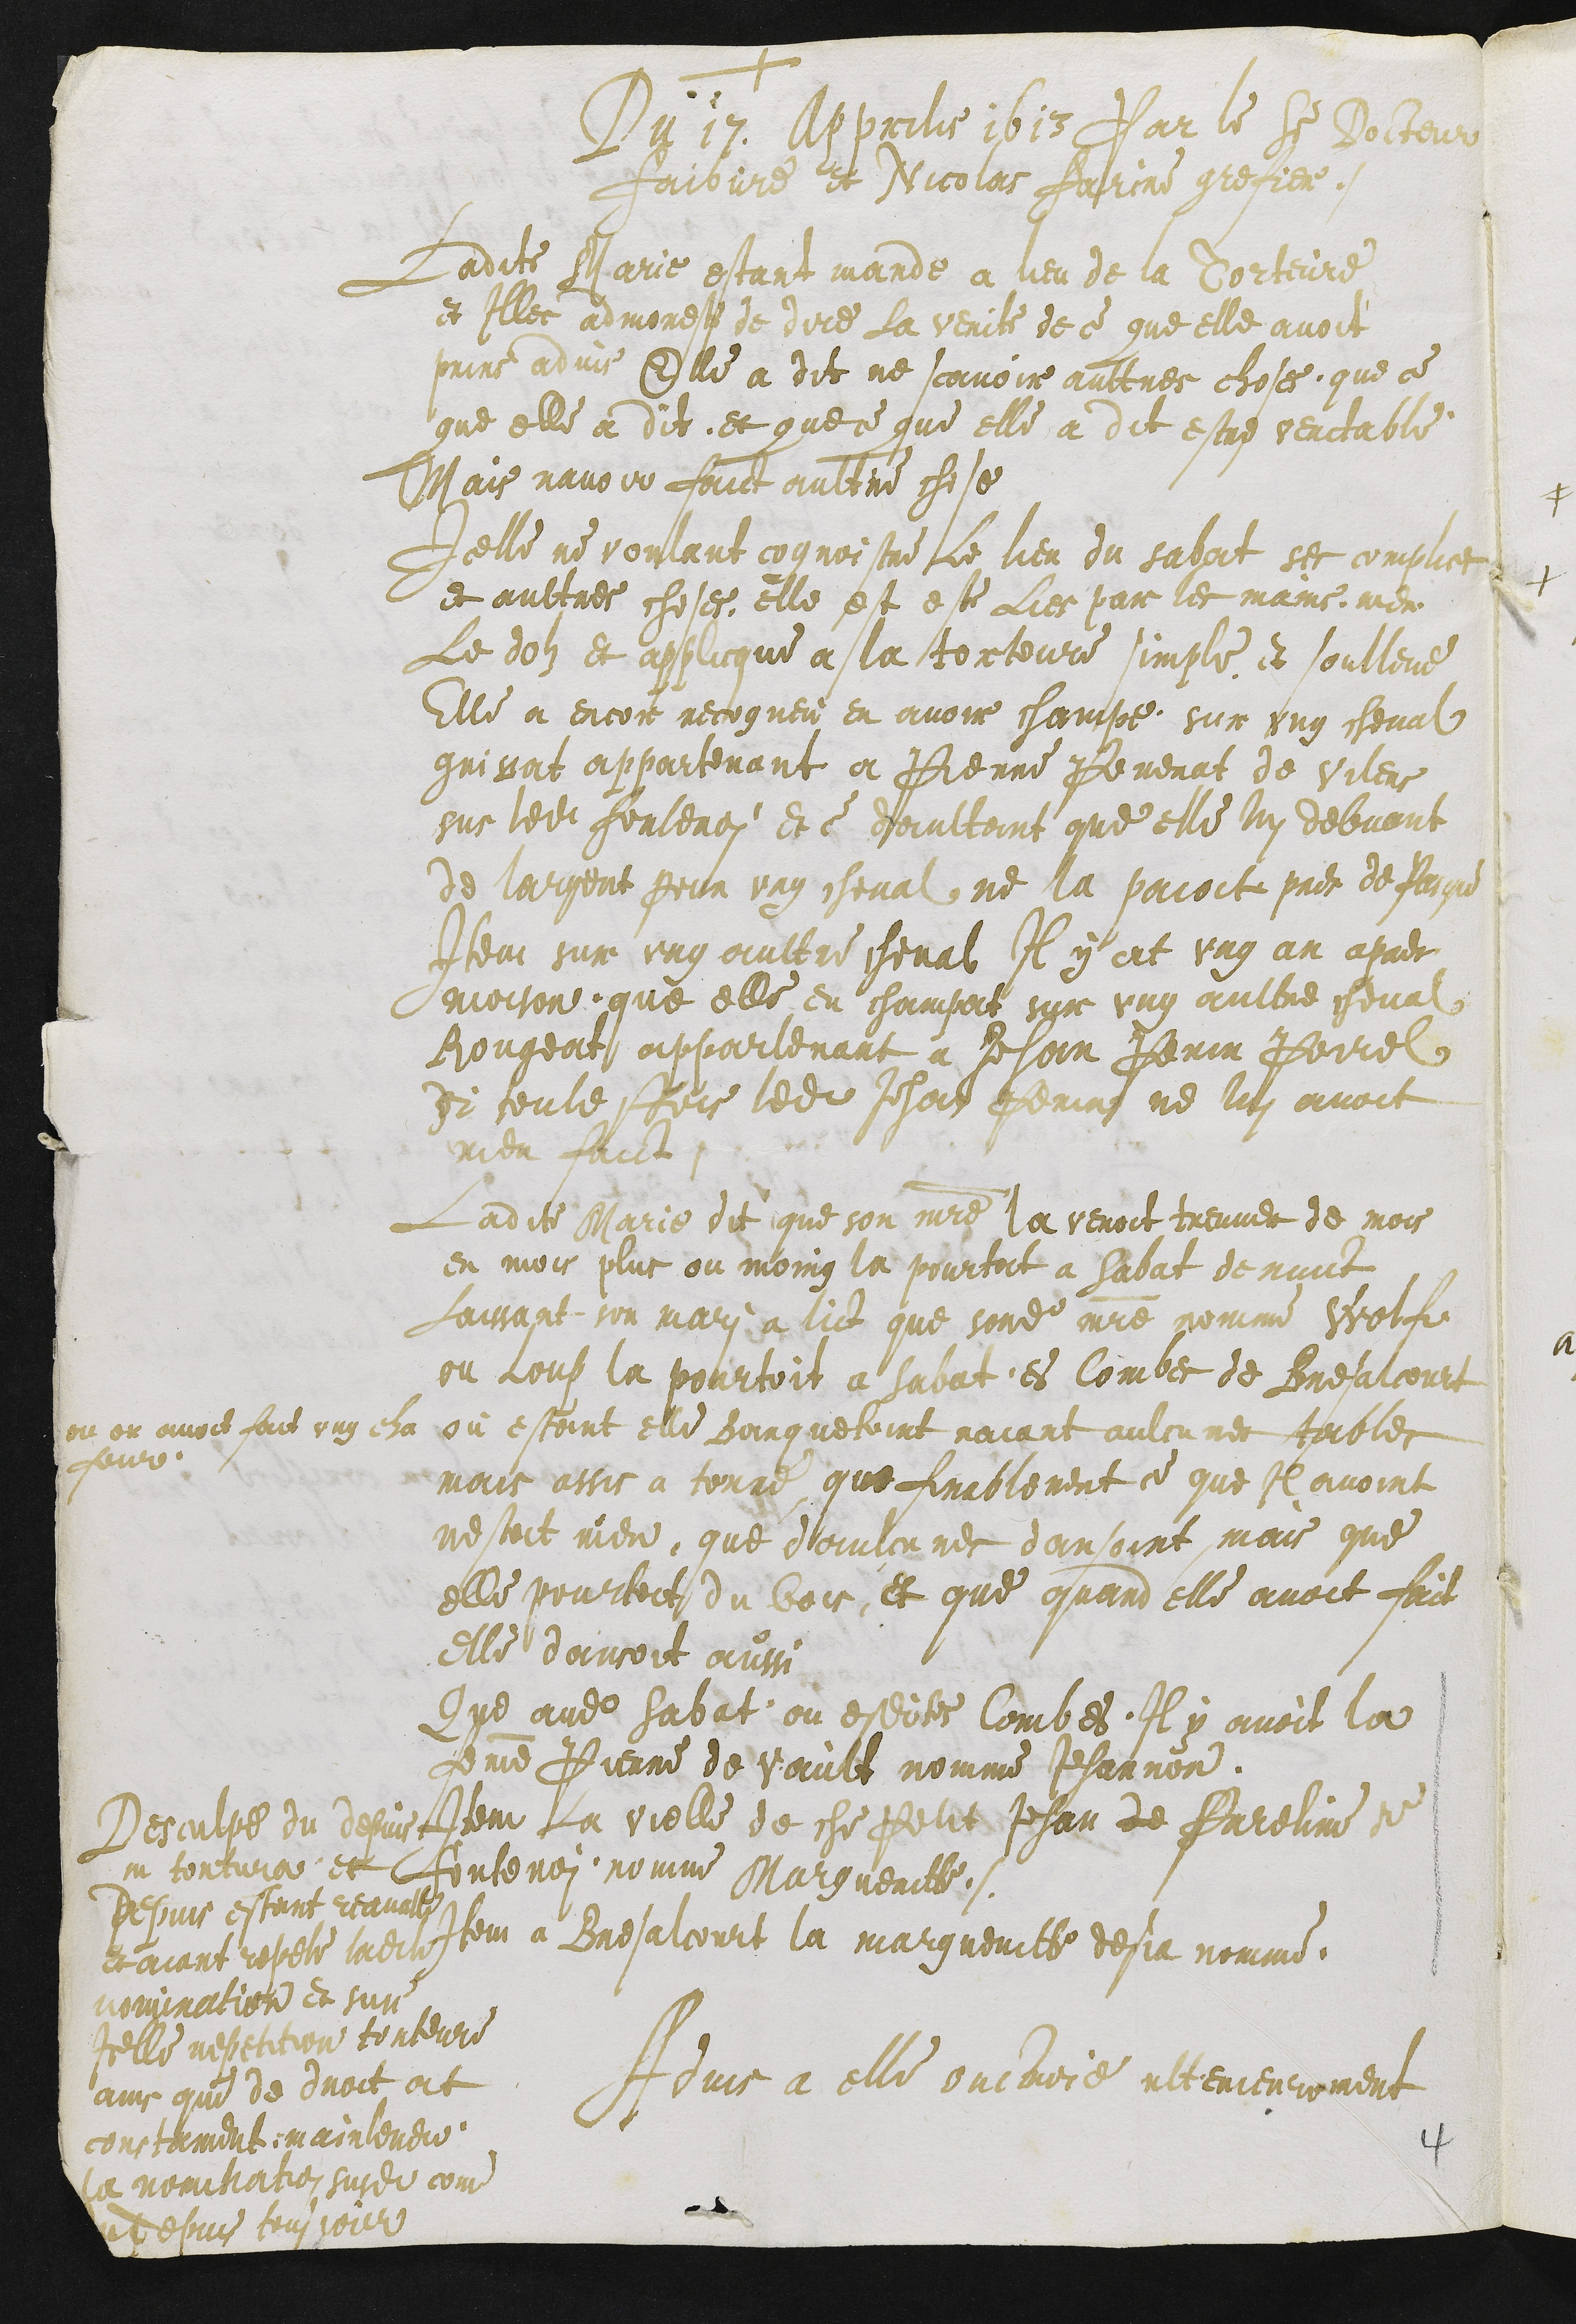
+
Du 17. Apprilis 1613 Par le Sieur Docteur
Faibvre et Nicolas Farine grefier,
Ladite Marie estant mande a lieu de la Torteure
et Illec admoneste de dire la verite de ce que elle avoit
prins advis Elle a dit ne scavoir aultres choses, que ce
que elle a dit et que ce que elle a dit estre veritable
Mais navoir faict aultre chose
Icelle ne voulant cognoistre Le lieu du sabat ses complices
et aultres choses, elle est este lies par les mains rier
Le dolz et applicque a la torteure simple et soulleve
Elle a encor recogneu en avoir champe sur ung cheval
grissat appartenant a Pierre Perenat de Vilers
sus ledit Fontenoy et ce daultant que elle lui debvant
de largent pour ung cheval ne la paioit pres de Pasque
Item sur ung aultre cheval Il y at ung an apres
moison que elle en champat sur ung aultre cheval
Rougeat appartenant a Jehan Perin Poirel
et toutesfois ledit Jehan Perin ne lui avoit
rien faict
Ladite Marie dit que son maitre la venoit treuver de mois
en mois plus ou moing la pourtoit a Sabat de nuict
Laissant son mari a lict que sondit maitre nomme Wolfe
ou Loup la pourtoit a sabat es Combes de Bresalcourt
ou on avoit fait ung cha
four
ou estant elle Banquetoint naiant aulcunes tables
mais assis a terre que finablement ce que Il avoint
nestoit rien que daulcunes dansoint, mais que
elle pourtoit du bois, et que quand elle avoit fait
elle dansoit aussi
Que audit sabat ou esdites Combes, Il y avoit la
femme Pierre de vault nomme Jehannon
Item la vielle de che Petit Jehan de Pareline de
Fontenoi nomme Margueritte
Item a Bresalcourt la margueritte desja nomme
Desculpe du depuis
in tortura et
depuis estant reavalle
et aiant repete ladite
nomination et sur
Icelle repetition torteure
ains que de droit at
constament mainteneu
la nomination susdite come
dudepuis tousjour
Advis a elle ouctroie ulterieurement